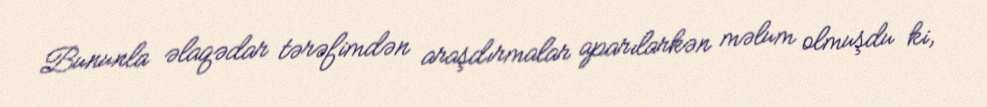
Bununla əlaqədar tərəfimdən araşdırmalar aparılarkən məlum olmuşdu ki,